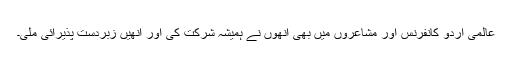
عالمی اردو کانفرنس اور مشاعروں میں بھی انھوں نے ہمیشہ شرکت کی اور انھیں زبردست پذیرائی ملی۔